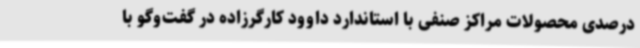
درصدی محصولات مراکز صنفی با استاندارد داوود کارگرزاده در گفت‌وگو با